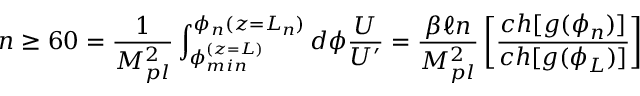
n \geq 6 0 = \frac { 1 } { M _ { p l } ^ { 2 } } \int _ { \phi _ { m i n } ^ { ( z = L ) } } ^ { \phi _ { n } ( z = L _ { n } ) } d \phi \frac { U } { U ^ { \prime } } = \frac { \beta \ell n } { M _ { p l } ^ { 2 } } \left[ \frac { c h [ g ( \phi _ { n } ) ] } { c h [ g ( \phi _ { L } ) ] } \right]